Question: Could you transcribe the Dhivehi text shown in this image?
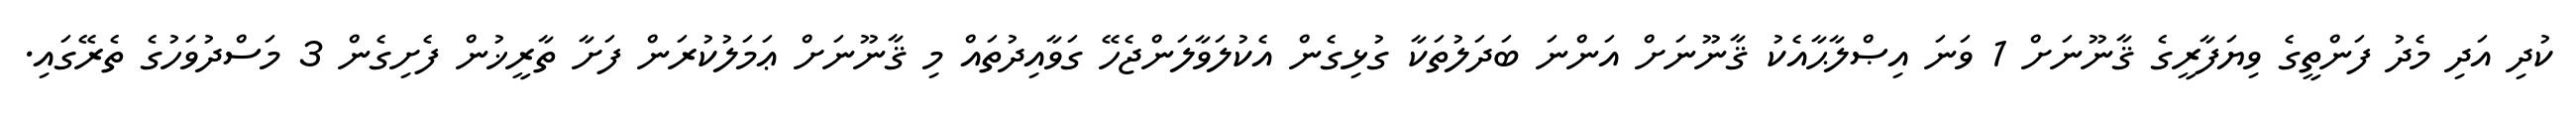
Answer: ކުދި އަދި މެދު ފަންތީގެ ވިޔަފާރީގެ ޤާނޫނަށް 1 ވަނަ އިޞްލާޙާއެކު ޤާނޫނަށް އަންނަ ބަދަލުތަކާ ގުޅިގެން އެކުލަވާލަންޖެހޭ ގަވާއިދުތައް މި ޤާނޫނަށް ޢަމަލުކުރަން ފަށާ ތާރީޚުން ފެށިގެން 3 މަސްދުވަހުގެ ތެރޭގައި.